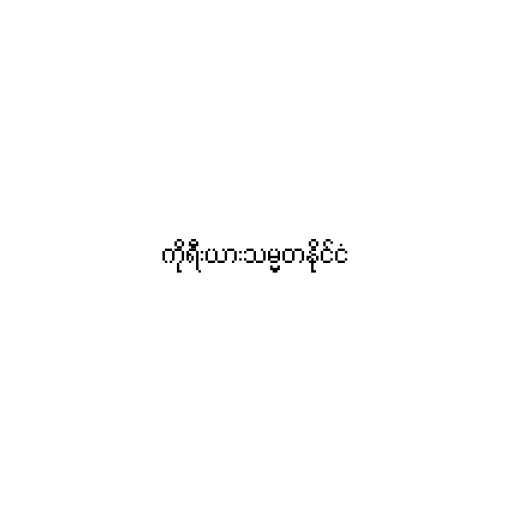
ကိုရီးယားသမ္မတနိုင်ငံ